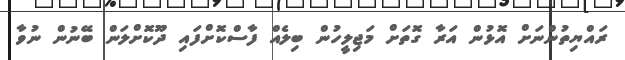
ރައްޔިތުންނަށް އޮޅުން އަރާ ގޮތަށް މަޖިލީހުން ބިލެއް ފާސްކޮށްފައި ދޫކޮށްލަން ބޭނުން ނުވާ